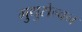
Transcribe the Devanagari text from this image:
मुथुसेल्वन